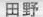
田野